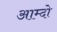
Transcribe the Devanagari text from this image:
आम्दो